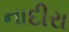
નાદીરા